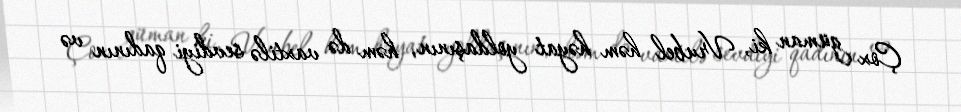
Çox güman ki, Vrubel həm həyat yoldaşının, həm də vaxtilə sevdiyi qadının və